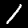
Digit: 1